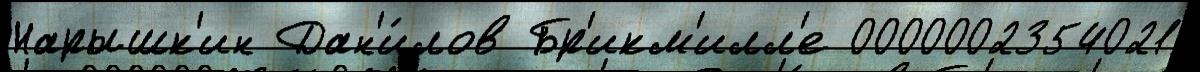
Нарышк'ин Дан'и́лов Бр'икм'илл'е 0000002354021